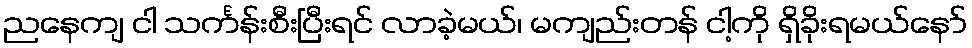
ညနေကျ ငါ သင်္ကန်းစီးပြီးရင် လာခဲ့မယ်၊ မကျည်းတန် ငါ့ကို ရှိခိုးရမယ်နော်